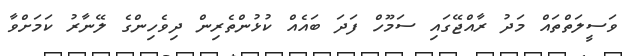
ވަސީލަތްތައް މަދު ރާއްޖޭގައި ސަމޫހް ފަދަ ބައެއް ކުޅުންތެރިން ދިވެހިންގެ ލޭނާރު ކަމަށްވާ